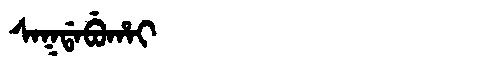
Manchu: ᠰᠠᡴᡩᠠᠪᡠᡥᠠᡳ
Romanization: SAKDABUHAI